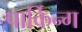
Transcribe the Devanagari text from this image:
पार्किन्ग